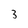
Character: 3